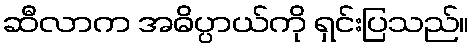
ဆီလာက အဓိပ္ပာယ်ကို ရှင်းပြသည်။